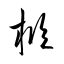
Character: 柩